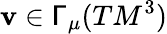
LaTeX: \mathbf{v}\in\mathsf{{\Gamma}}_{\mu}(TM^{3})